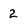
Character: 2